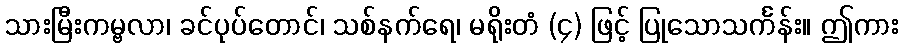
သားမြီးကမ္ဗလာ၊ ခင်ပုပ်တောင်၊ သစ်နက်ရေ၊ မရိုးတံ (၄) ဖြင့် ပြုသောသင်္ကန်း။ ဤကား